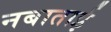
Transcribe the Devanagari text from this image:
नबाताई